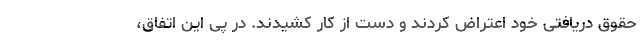
حقوق دریافتی خود اعتراض کردند و دست از کار کشیدند. در پی این اتفاق،